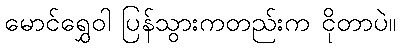
မောင်ရွှေဝါ ပြန်သွားကတည်းက ငိုတာပဲ။